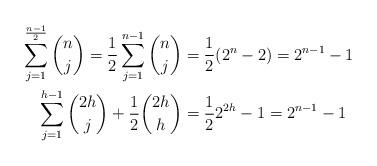
LaTeX: \begin{align*}\sum_{j=1}^{\frac {n-1}2}\binom nj =\frac 12\sum_{j=1}^{ n-1 }\binom nj &= \frac 12(2^n-2)=2^{n-1}-1 \\\sum_{j=1}^{h-1}\binom {2h}j+ \frac 12 \binom {2h} h &= \frac 12 2^{2h}-1=2^{n-1}-1 \end{align*}